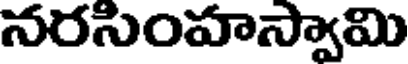
నరసింహస్వామి